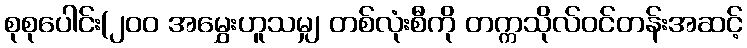
စုစုပေါင်း(၂၀၀ အမွှေးဟူသမျှ တစ်လုံးစီကို တက္ကသိုလ်ဝင်တန်းအဆင့်